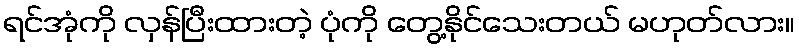
ရင်အုံကို လှန်ပြီးထားတဲ့ ပုံကို တွေ့နိုင်သေးတယ် မဟုတ်လား။